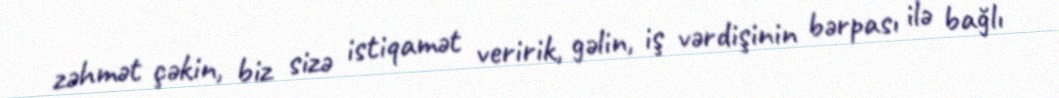
zəhmət çəkin, biz sizə istiqamət veririk, gəlin, iş vərdişinin bərpası ilə bağlı